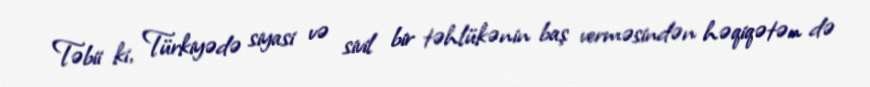
Təbii ki, Türkiyədə siyasi və sivil bir təhlükənin baş verməsindən həqiqətən də